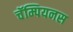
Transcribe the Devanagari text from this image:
चॅम्पियनस